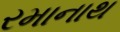
રમાનાથ